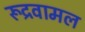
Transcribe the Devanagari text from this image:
रूद्रवामल